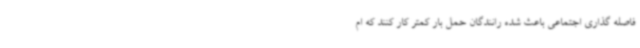
فاصله گذاری اجتماعی باعث شده رانندگان حمل بار کمتر کار کنند که ام